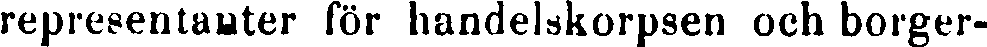
representauter för handelskorpsen och borger-